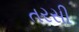
તરસી